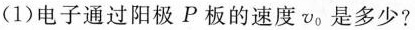
(1)电子通过阳极P板的速度v_{0}是多少?